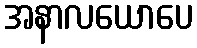
အနာလယောပေ